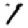
Digit: 1